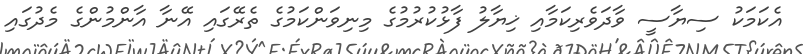
އެކަމަކު ސިޔާސީ ވާދަވެރިކަމާއި ޚިޔާލު ފާޅުކުރުމުގެ މިނިވަންކަމުގެ ތެރޭގައި އޭނާ އާންމުންގެ މެދުގައި